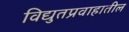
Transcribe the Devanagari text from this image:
विद्युतप्रवाहातील